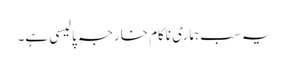
یہ سب ہماری ناکام خارجہ پالیسی ہے۔